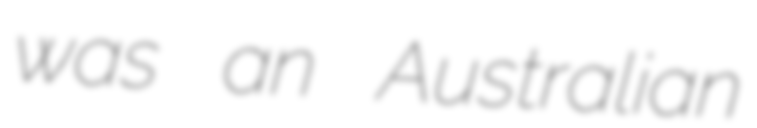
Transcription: was an Australian